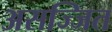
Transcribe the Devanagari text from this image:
असज्जित